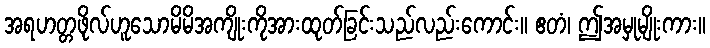
အရဟတ္တဖိုလ်ဟူသောမိမိအကျိုးကိုအားထုတ်ခြင်းသည်လည်းကောင်း။ ဧတံ၊ ဤအမှုမျိုးကား။